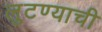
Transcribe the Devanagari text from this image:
लुटण्याची